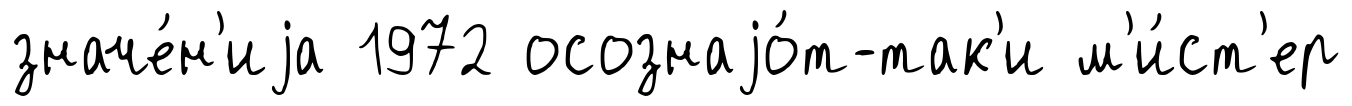
значе́н'иjа 1972 осознаjо́т-так'и м'и́ст'ер